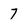
Character: 7